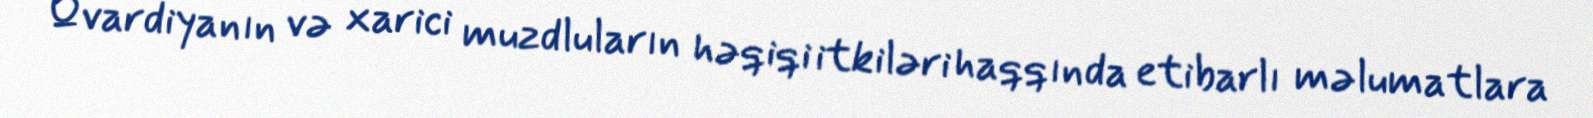
Qvardiyanın və xarici muzdluların həqiqi itkiləri haqqında etibarlı məlumatlara